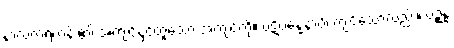
နာလကရဟန်း၏ အကျင့်နှင့်တူသော အကျင့်ကို။ ပဋိပန္နေနာပိ၊ ကျင့်သော်လည်း။ ပဉ္စန္နံ